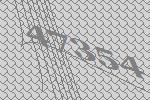
47354